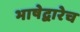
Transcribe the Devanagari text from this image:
भाषेद्वारेच